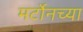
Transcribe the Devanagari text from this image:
मर्टोनच्या